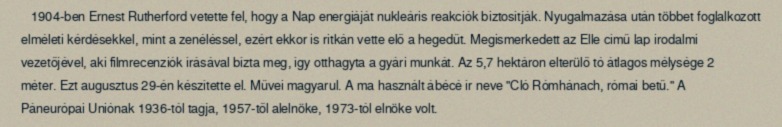
1904-ben Ernest Rutherford vetette fel, hogy a Nap energiáját nukleáris reakciók biztosítják. Nyugalmazása után többet foglalkozott elméleti kérdésekkel, mint a zenéléssel, ezért ekkor is ritkán vette elő a hegedűt. Megismerkedett az Elle című lap irodalmi vezetőjével, aki filmrecenziók írásával bízta meg, így otthagyta a gyári munkát. Az 5,7 hektáron elterülő tó átlagos mélysége 2 méter. Ezt augusztus 29-én készítette el. Művei magyarul. A ma használt ábécé ír neve "Cló Rómhánach, római betű." A Páneurópai Uniónak 1936-tól tagja, 1957-től alelnöke, 1973-tól elnöke volt.